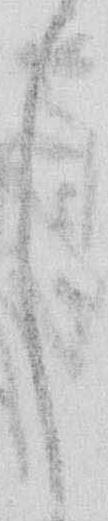
し